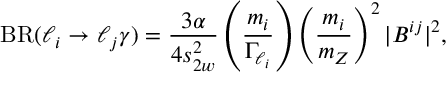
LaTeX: { \mathrm { B R } } ( \ell _ { i } \to \ell _ { j } \gamma ) = \frac { 3 \alpha } { 4 s _ { 2 w } ^ { 2 } } \left( \frac { m _ { i } } { \Gamma _ { \ell _ { i } } } \right) \left( \frac { m _ { i } } { m _ { Z } } \right) ^ { 2 } | B ^ { i j } | ^ { 2 } ,